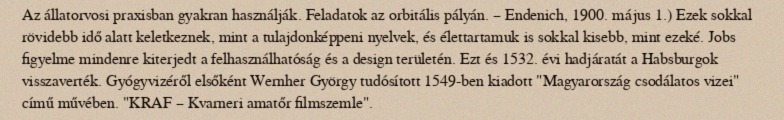
Az állatorvosi praxisban gyakran használják. Feladatok az orbitális pályán. – Endenich, 1900. május 1.) Ezek sokkal rövidebb idő alatt keletkeznek, mint a tulajdonképpeni nyelvek, és élettartamuk is sokkal kisebb, mint ezeké. Jobs figyelme mindenre kiterjedt a felhasználhatóság és a design területén. Ezt és 1532. évi hadjáratát a Habsburgok visszaverték. Gyógyvizéről elsőként Wernher György tudósított 1549-ben kiadott "Magyarország csodálatos vizei" című művében. "KRAF – Kvarneri amatőr filmszemle".